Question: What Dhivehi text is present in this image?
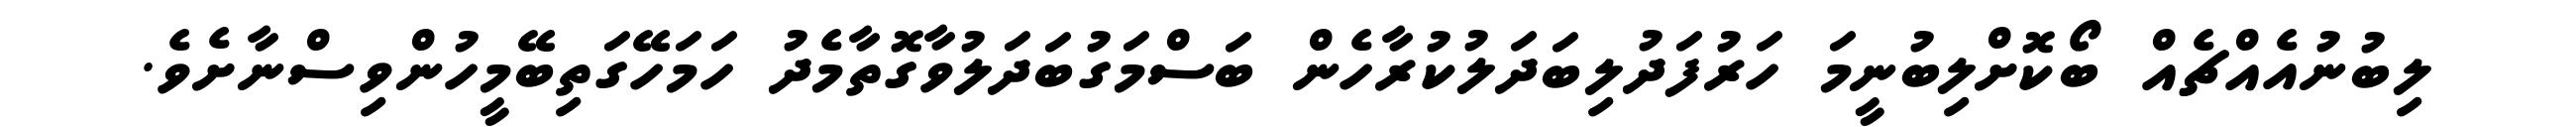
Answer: ލިބުނުއެއްޗެއް ބޯކޮށްލިބުނީމަ ހަރުފަދުލިބަދަލުކުރާހެން ބަސްމަގުބަދަލުވާގޮތާމެދު ހަމަހޭގަތިބޭމީހުންވިސްނާށެވެ.